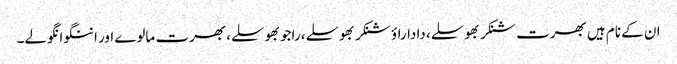
ان کے نام ہیں بھرت شنکر بھوسلے، داداراؤ شنکر بھوسلے، راجو بھوسلے، بھرت مالوے اور اننگو انگولے۔